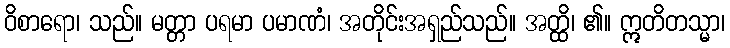
ဝိစာရော၊ သည်။ မတ္တာ ပရမာ ပမာဏံ၊ အတိုင်းအရှည်သည်။ အတ္ထိ၊ ၏။ ဣတိတသ္မာ၊